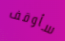
سأوقف